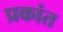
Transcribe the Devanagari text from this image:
प्रकांत